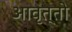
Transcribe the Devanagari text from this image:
आवृत्तो